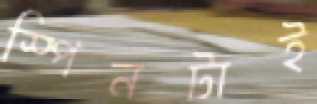
স্পিনটাই